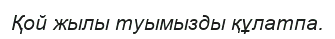
Қой жылы туымызды құлатпа.